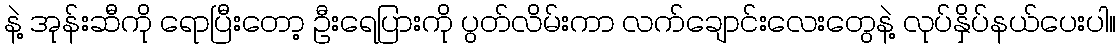
နဲ့ အုန်းဆီကို ရောပြီးတော့ ဦးရေပြားကို ပွတ်လိမ်းကာ လက်ချောင်းလေးတွေနဲ့ လုပ်နှိပ်နယ်ပေးပါ။